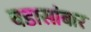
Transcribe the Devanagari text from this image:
वडासांबार